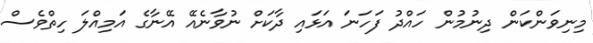
މިނިވަންކަން ދިނުމުން ހައްދު ފަހަނަ އަޅައި ދާކަށް ނުވާނެއޭ އޭނާގެ އަމިއްލަ ހިތްވެސް